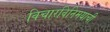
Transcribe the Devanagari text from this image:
विचारविनिमयाची